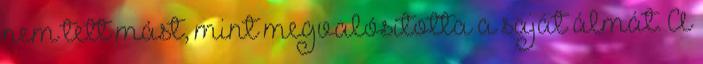
nem tett mást, mint megvalósította a saját álmát. A